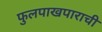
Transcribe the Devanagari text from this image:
फुलपाखपाराची